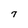
Character: 7